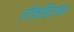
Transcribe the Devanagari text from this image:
लोकहितकर